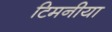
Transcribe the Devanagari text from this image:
टिमनीया